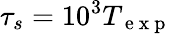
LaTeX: \tau_{s}=10^{3}T_{\mathrm{~e~x~p~}}